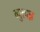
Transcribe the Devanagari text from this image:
ब्युत्पन्न